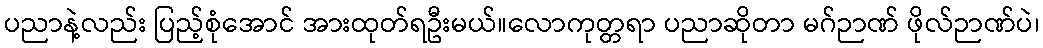
ပညာနဲ့လည်း ပြည့်စုံအောင် အားထုတ်ရဦးမယ်။လောကုတ္တရာ ပညာဆိုတာ မဂ်ဉာဏ် ဖိုလ်ဉာဏ်ပဲ၊